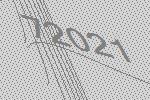
72021